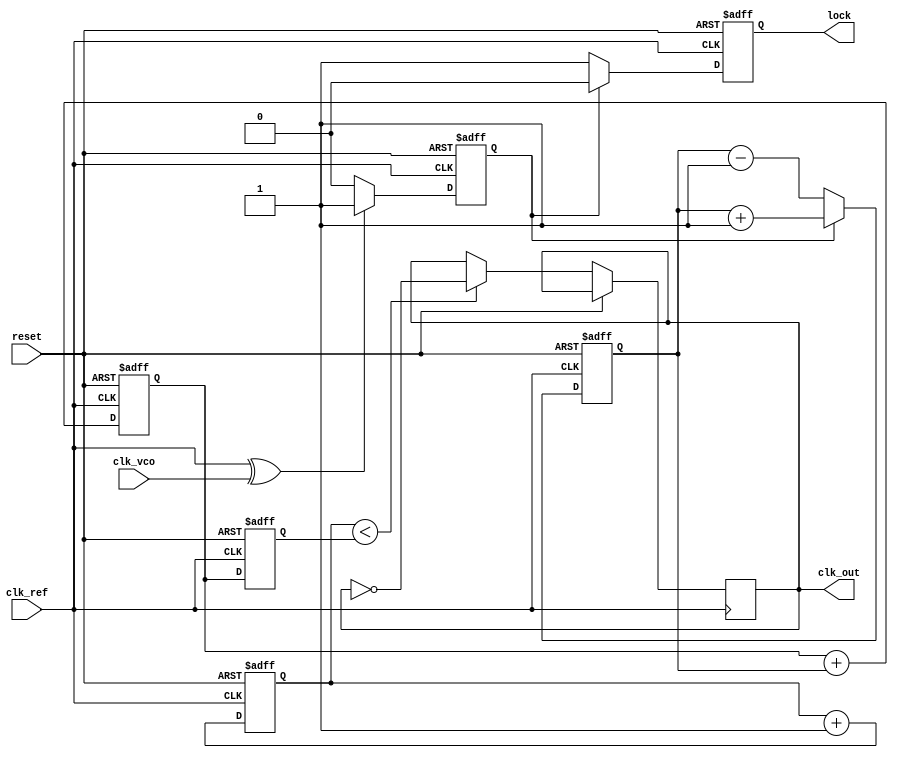
module CP_PLL (
    input wire clk_ref,          // Reference clock input
    input wire clk_vco,          // VCO clock input (feedback)
    input wire reset,            // Asynchronous reset
    output reg clk_out,          // Output clock
    output reg lock              // Lock indicator
);

// Parameters
parameter PHASE_DETECTOR_WIDTH = 1; // Width of phase detector output
parameter CHARGE_PUMP_WIDTH = 8;     // Width of charge pump output
parameter LOOP_FILTER_WIDTH = 8;      // Width of loop filter output
parameter VCO_WIDTH = 8;              // Width of VCO output

// Internal signals
reg [PHASE_DETECTOR_WIDTH-1:0] phase_error; // Phase error from PD
reg [CHARGE_PUMP_WIDTH-1:0] charge_pump_output; // Output from charge pump
reg [LOOP_FILTER_WIDTH-1:0] loop_filter_output; // Output from loop filter
reg [VCO_WIDTH-1:0] vco_output; // Output from VCO
reg [7:0] vco_tuning; // VCO tuning voltage

// Phase Detector (PD)
always @(posedge clk_ref or posedge reset) begin
    if (reset) begin
        phase_error <= 0;
    end else begin
        // Simple XOR phase detector for demonstration
        phase_error <= (clk_ref ^ clk_vco) ? 1 : 0;
    end
end

// Charge Pump (CP)
always @(posedge clk_ref or posedge reset) begin
    if (reset) begin
        charge_pump_output <= 0;
    end else begin
        if (phase_error) begin
            charge_pump_output <= charge_pump_output + 1; // Up
        end else begin
            charge_pump_output <= charge_pump_output - 1; // Down
        end
    end
end

// Loop Filter (simple integrator for demonstration)
always @(posedge clk_ref or posedge reset) begin
    if (reset) begin
        loop_filter_output <= 0;
    end else begin
        loop_filter_output <= loop_filter_output + charge_pump_output; // Integrate charge pump output
    end
end

// Voltage-Controlled Oscillator (VCO)
always @(posedge clk_ref or posedge reset) begin
    if (reset) begin
        vco_output <= 0;
        vco_tuning <= 0;
    end else begin
        vco_tuning <= loop_filter_output[7:0]; // Use lower bits for tuning
        // Simple VCO behavior: output frequency based on tuning voltage
        clk_out <= (vco_output < vco_tuning) ? ~clk_out : clk_out; // Toggle output based on tuning
        vco_output <= vco_output + 1; // Increment VCO output
    end
end

// Lock Detection (simple example)
always @(posedge clk_ref or posedge reset) begin
    if (reset) begin
        lock <= 0;
    end else begin
        // Simple lock detection: check if phase error is consistently low
        if (phase_error == 0) begin
            lock <= 1; // Locked
        end else begin
            lock <= 0; // Not locked
        end
    end
end

endmodule